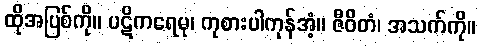
ထိုအပြစ်ကို။ ပဋိကရေမု၊ ကုစားပါကုန်အံ့။ ဇီဝိတံ၊ အသက်ကို။